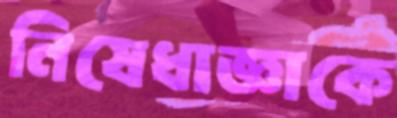
নিষেধাজ্ঞাকে